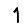
Digit: 1